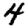
Digit: 4